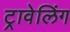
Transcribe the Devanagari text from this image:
ट्रावेलिंग